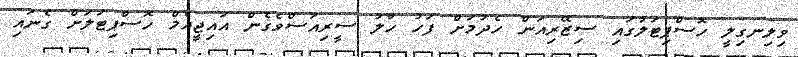
ވިލިނގިލީ ހޮސްޕިޓަލުގައި ސިޒޭރިއަން ހެދުމަށް ފަހު ހާލު ސީރިއަސްވެގެން އައިޖީއެމް ހޮސްޕިޓަލަށް ގެނައި